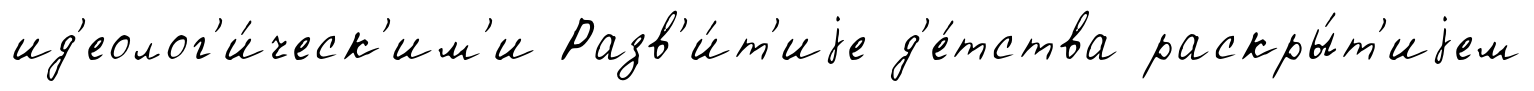
ид'еолог'и́ческ'им'и Разв'и́т'иjе д'е́тства раскры́т'иjем